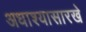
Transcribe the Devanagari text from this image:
अधाश्यासारखे